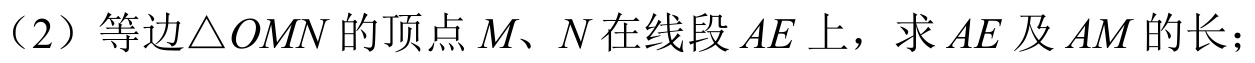
（2）等边\(\triangle  OMN\)的顶点\(M\)、\(N\)在线段\(AE\)上，求\(AE\)及\(AM\)的长；